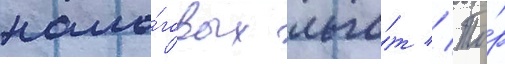
нало́говых льго́т // То́р